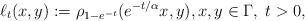
LaTeX: \begin{align*}\ell_t(x,y) := \rho_{1-e^{-t}}(e^{-t/\alpha}x,y), x,y \in \Gamma, \; t>0,\end{align*}